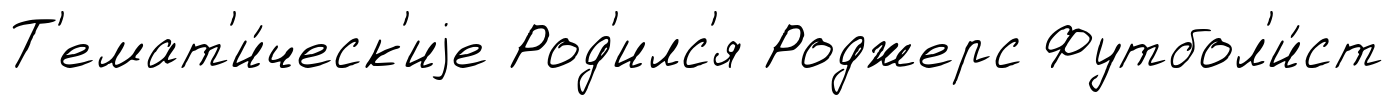
Т'емат'и́ческ'иjе Род'илс'я Роджерс Футбол'и́ст